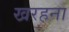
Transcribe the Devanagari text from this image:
खरहना